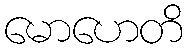
မောဟေတိ